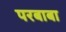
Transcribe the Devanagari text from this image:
परबाबा